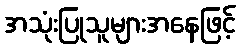
အသုံးပြုသူများအနေဖြင့်